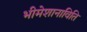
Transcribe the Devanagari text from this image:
भीमेशानाविति